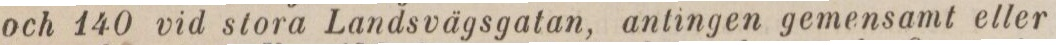
och 140 vid stora Landsvägsgatan, anlingen gemensamt eller